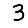
Digit: 3